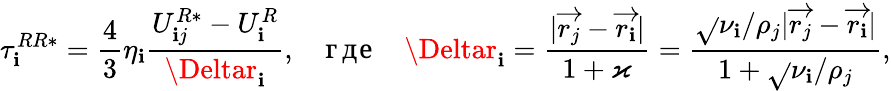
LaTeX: \tau_{\mathbf{i}}^{RR*}=\frac{{4}}{{3}}\eta_{\mathbf{i}}\frac{{U_{\mathbf{i}j}^{R*}-U_{\mathbf{i}}^{R}}}{{\Deltar_{\mathbf{i}}}},\quad\mathrm{{где}}\quad\Deltar_{\mathbf{i}}=\frac{{|\overrightarrow{{r_{j}}}-\overrightarrow{{r_{\mathbf{i}}}}|}}{{1+\varkappa}}=\frac{{\sqrt{}{{\nu_{\mathbf{i}}/\rho_{j}}}|\overrightarrow{{r_{j}}}-\overrightarrow{{r_{\mathbf{i}}}}|}}{{1+\sqrt{}{{\nu_{\mathbf{i}}/\rho_{j}}}}},